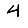
Digit: 4